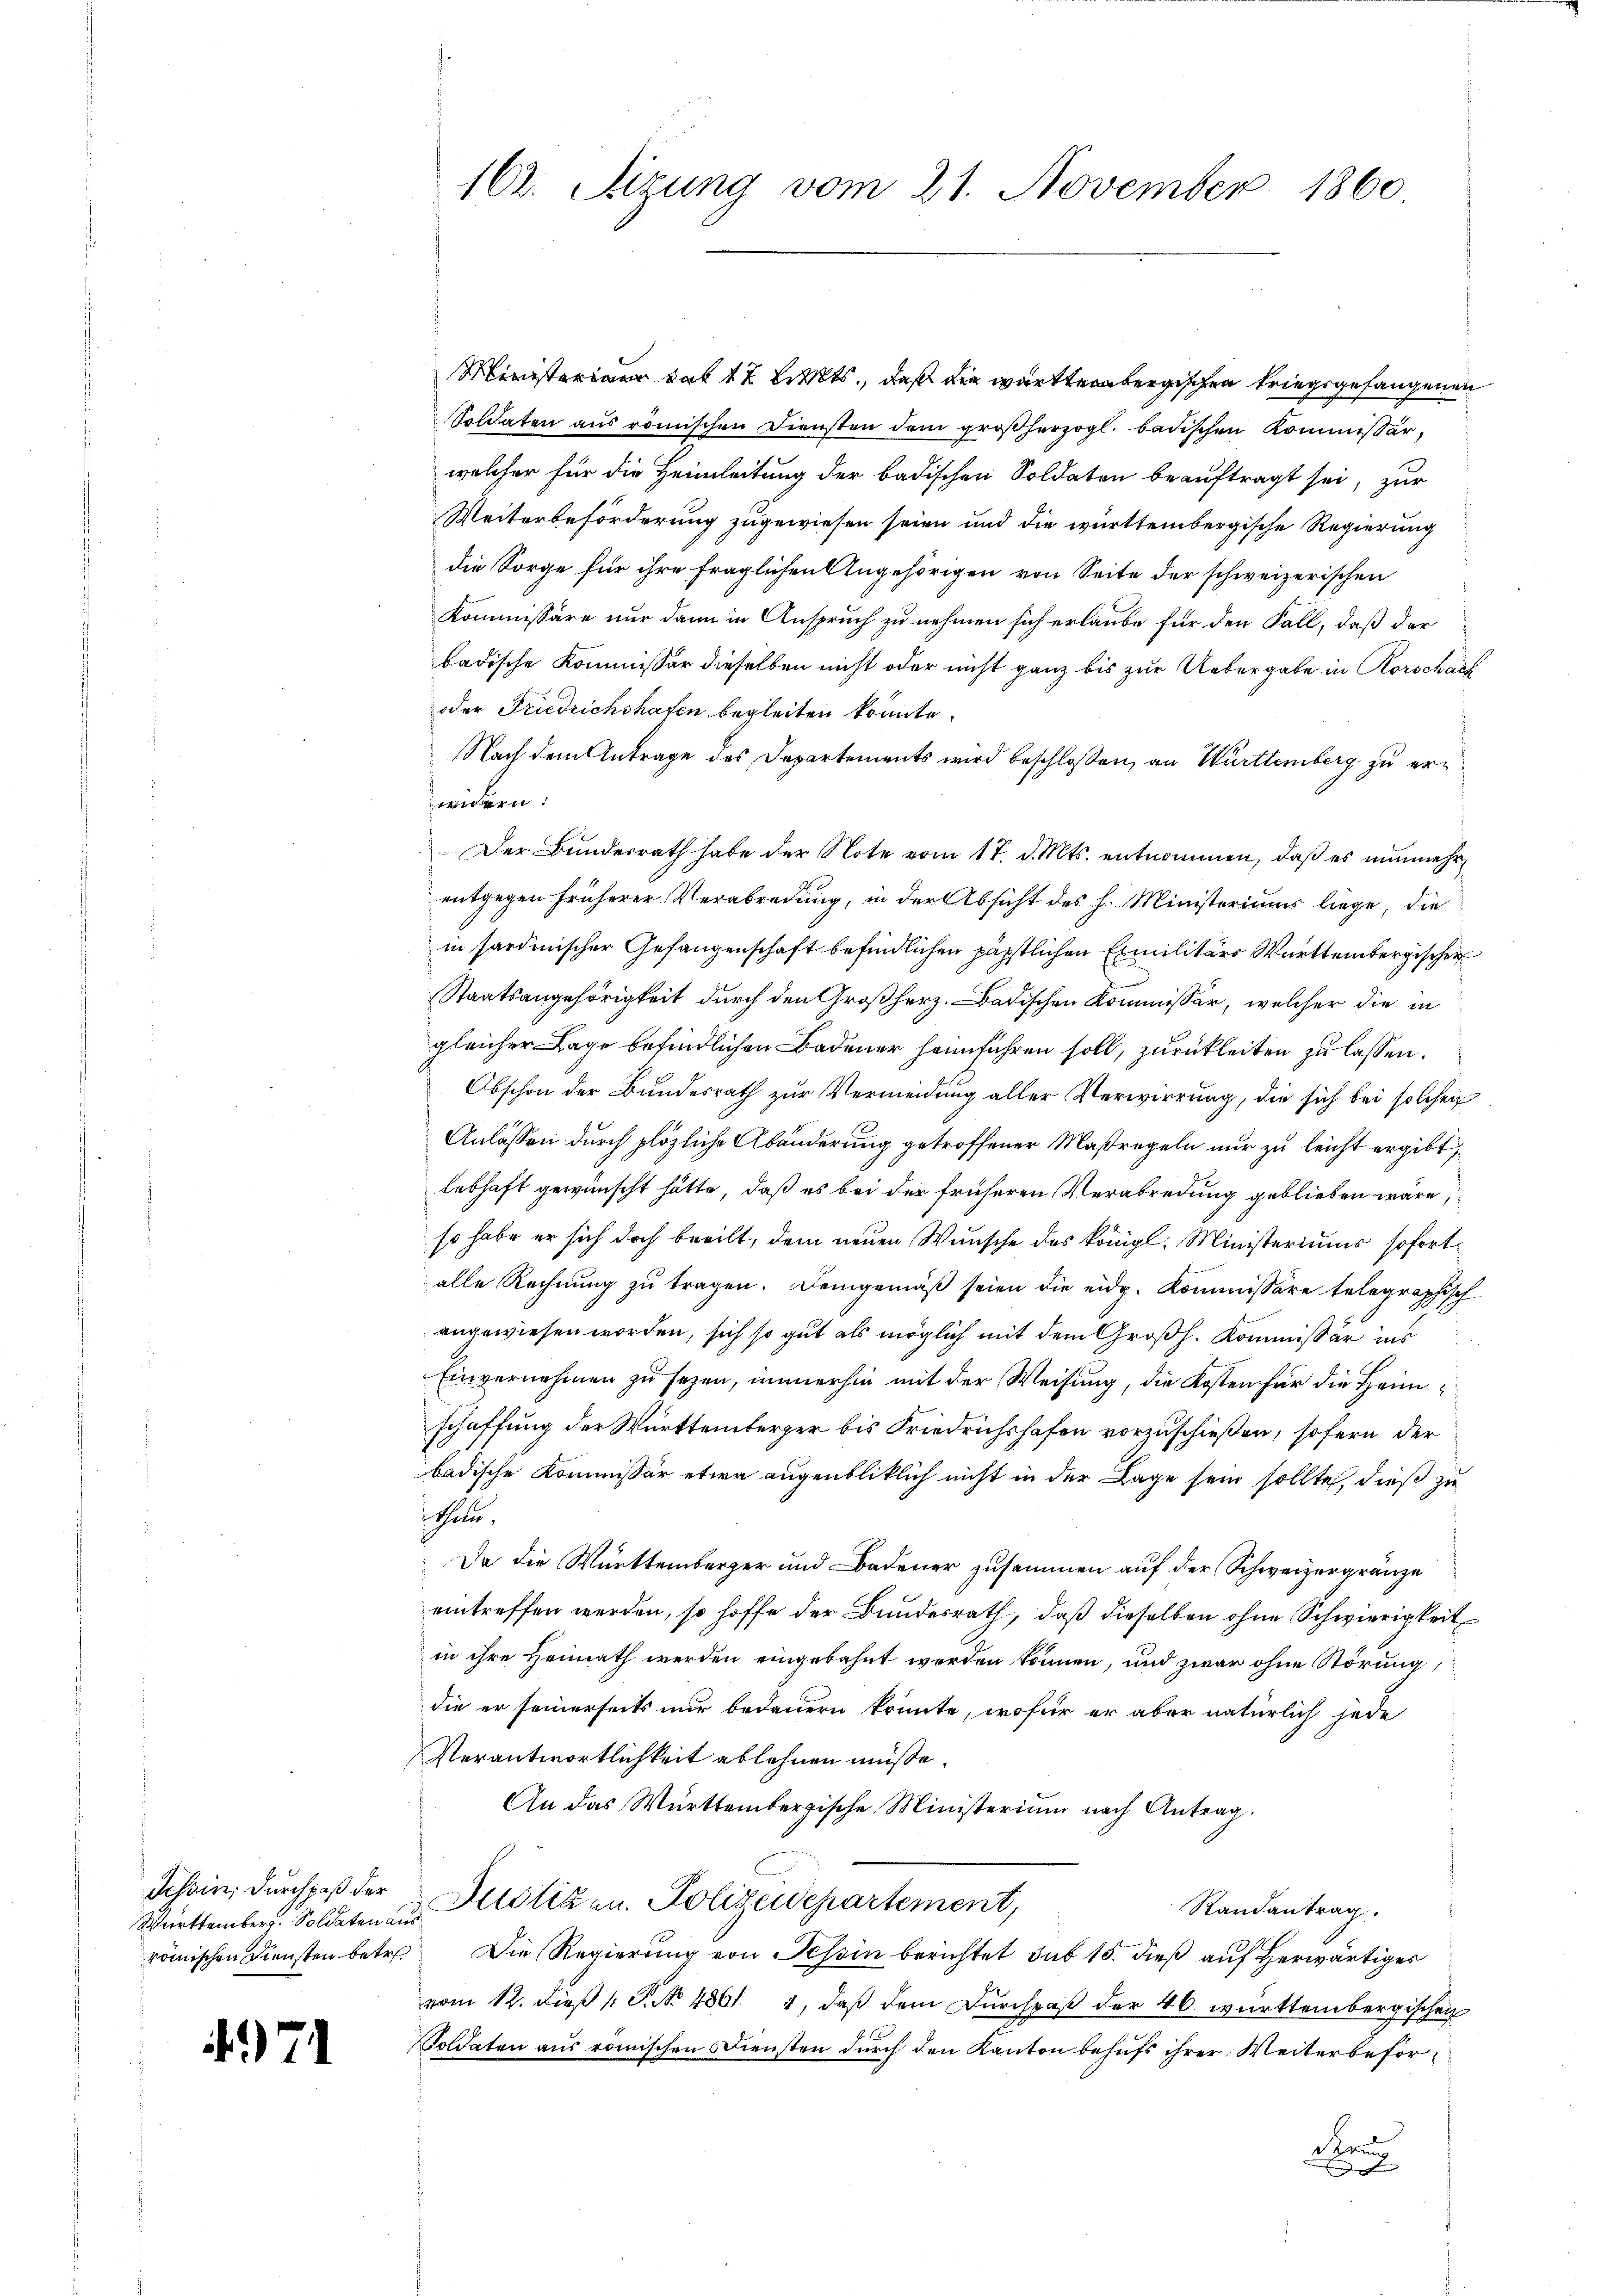
Württember. Soldaten aus

471

Ministerium das 17 Bitts, daß die württembergischen kriegsgefangenen
Soldaten aŭs römischen Diensten dem groβherzogl. badischen Kommissar,
welcher für die Heimleitung der badischen Soldaten beauftragt sei, zur
Weiterbeförderung zugewiesen seien und die württembergische Regierung
die Sorge für ihre fraglichen Angehörigen von Seite der schweizerischen
Kommissäre nur dann in Anspruch zu nehmen sich erlaube für den Fall, daß der
badische Kommissär dieselben nicht oder nicht ganz bis zur Uebergabe in Rorschach
oder Friedrichshafen begleiten könnte.
Nach dem Antrage des Departements wird beschlossen, an Württemberg zu erwidern:
Der Bundesrath habe der Note vom 17. d. Mts. entnommen, daß es nunmehr
entgegen früherer Verabredung, in der Absicht des h. Ministeriums liege, die
in sardinischer Gefangenschaft befindlichen päpstlichen Emilitärs Württembergischer
Staatsangehörigkeit durch den Großherz. Badischen Kommissär, welcher die in
gleicher Lage befindlichen Badener heimführen soll, zurückleiten zu lassen.
Obschon der Bundesrath zur Vermeidung aller Verwirrung, die sich bei solchen
Anlassen durch plözliche Abänderung getroffener Maßregeln nur zu leicht ergibt,
lebhaft gewünscht hätte, daß es bei der früheren Verabredung geblieben wäre,
so habe er sich doch beeilt, dem neuen Wunsche des königl. Ministeriums sofortalle Rechnung zu tragen. Demgemäß seien die eidg. Kommissäre telegraphisch
angewiesen worden, sich so gut als möglich mit dem Großh. Kommissär ins
Einvernehmen zu sezen, immerhin mit der Weisung, die Kosten für die Heimschaffung der Württemberger bis Friedrichshofen vorzuschießen, sofern der
badische Kommissär etwa augenbliklich nicht in der Lage sein sollte, dieß zu
thale,
Da die Württemberger und Badener zusammen auf der Schweizergränze
eintreffen werden, so hoffe der Bundesrath, daß dieselben ohne Schwierigkeit
in ihre Heimath werden eingebahnt werden können, und zwar ohne Störung,
die er seinerseits nur bedauern könnte, wofür er aber natürlich jede
Verantwortlichkeit ablehnen müße.
An das Württembergische Ministerium nach Antrag.
Schein, durchpaß der Justizen. Polizeidepartement,
Randantrag.
römischen Diensten betr. Die Regierung von Tessin berichtet sub 15. dieß auf herwärtiges
vom 12. dieß P. No. 4861. 4, daß dem Durchpaß der 46 württembergischen
Soldaten aus römischen Diensten durch den Kanton behufs ihrer Weiterbeför¬
Ran
J

102. Sitzung vom 21. November 1860.